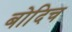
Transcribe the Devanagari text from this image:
बोदिच